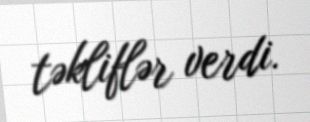
təkliflər verdi.